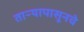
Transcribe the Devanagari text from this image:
ताऱ्यापासूनचे